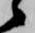
候